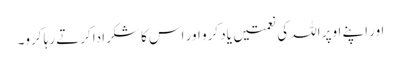
اور اپنے اوپر اللہ کی نعمتیں یاد کرو اور اس کا شکرادا کرتے رہا کرو۔